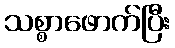
သစ္စာဖောက်ပြီး